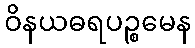
ဝိနယဓရပဉ္စမေန